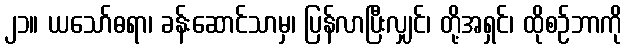
၂၁။ ယသော်ဓရာ၊ ခန်းဆောင်သာမှ၊ ပြန်လာပြီးလျှင်၊ တို့အရှင်၊ ထိုစဉ်ဘာကို